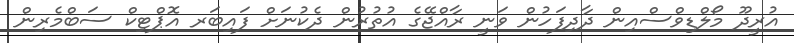
އުރީދޫ މޯލްޑިވްސްއިން ދާދިފަހުން ވަނީ ރާއްޖޭގެ އުތުރުން ދެކުނަށް ފައިބަރ އޮޕްޓިކް ސަބްމެރިން